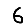
Digit: 6